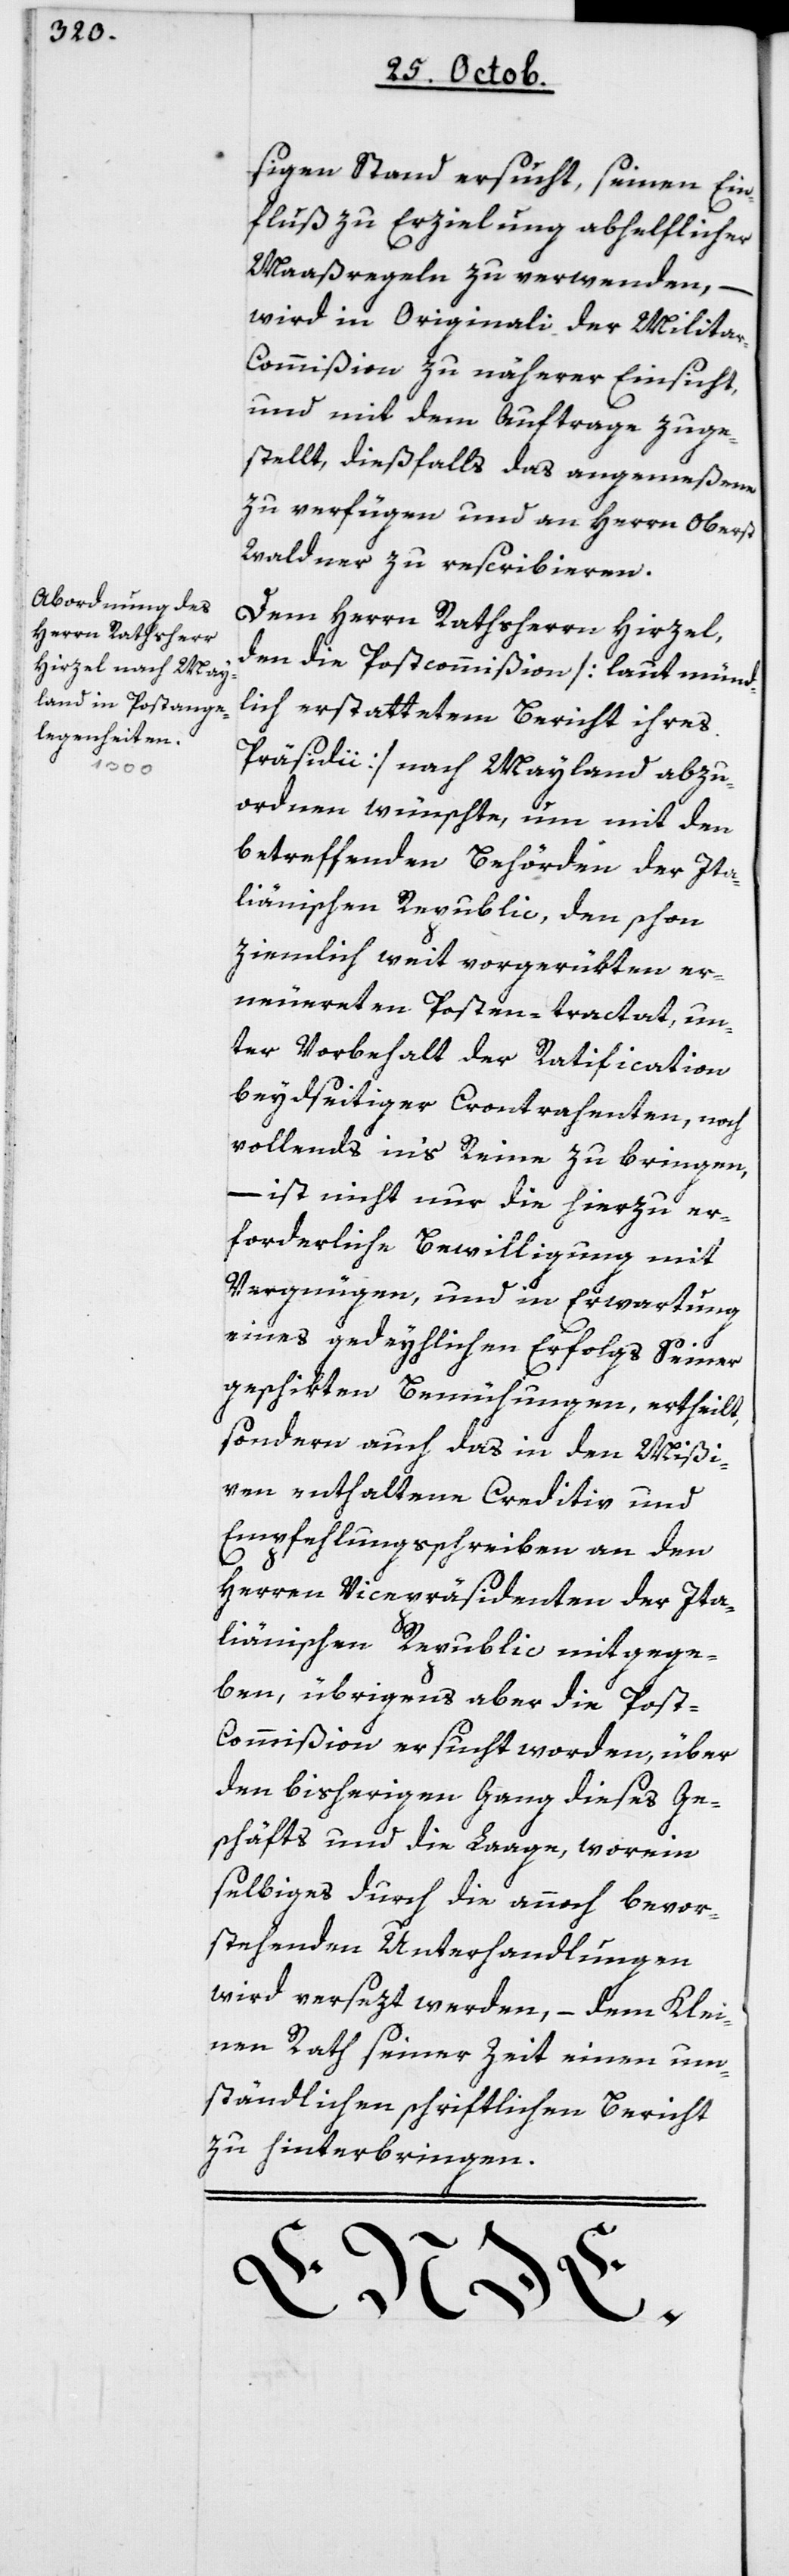
sigen Stand ersucht, seinen Ein¬
fluß zu Erzielung abhelflicher
Maßregeln zu verwenden, –
wird in Originali der Milita¬
r-Commißion zu näherer Einsicht,
und mit dem Auftrage zuge¬
stellt, dießfalls das Angemeßene
zu verfügen, und an Herrn Oberst
Waldner zu rescribieren.
Dem Herrn Rathsherrn Hirzel,
den die Postcommißion [laut münd¬
lich erstattetem Bericht ihres
Präsidii] nach Mayland abzu¬
ordnen wünschte, um mit den
betreffenden Behörden der Ita¬
lienischen Republic, den schon
ziemlich weit vorgerükten er¬
neuerten Posten-Tractat, un¬
ter Vorbehalt der Ratification
beydseitiger Contrahenten, noch
vollends in’s Reine zu bringen,
– ist nicht nur die hierzu er¬
forderliche Bewilligung mit
Vergnügen und in Erwartung
eines gedeihlichen Erfolgs seiner
geschikten Bemühungen, ertheilt,
sondern auch das in den Mißi¬
ven enthaltene Creditiv und
Empfehlungsschreiben an den
Herren Vicepräsidenten der ita¬
lienischen Republic mitgege¬
ben, übrigens aber die Post¬
commißion ersucht worden, über
den bisherigen Gang dieses Ge¬
schäfts und die Lage, worein
Selbiges durch die annoch bevor¬
stehenden Unterhandlungen
wird versezt werden, – dem Klei¬
nen Rath seinerzeit einen um¬
ständlichen schriftlichen Bericht
zu hinterbringen.